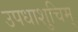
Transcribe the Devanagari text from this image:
उपधाशुचिम्